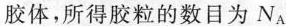
胶体，所得胶粒的数目为N_{A}